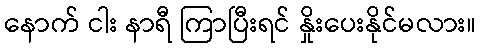
နောက် ငါး နာရီ ကြာပြီးရင် နှိုးပေးနိုင်မလား။